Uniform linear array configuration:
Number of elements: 12
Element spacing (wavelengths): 0.5
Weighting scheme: hann
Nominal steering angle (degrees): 60
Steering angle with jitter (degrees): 58.177
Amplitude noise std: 0.05
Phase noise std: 0.05

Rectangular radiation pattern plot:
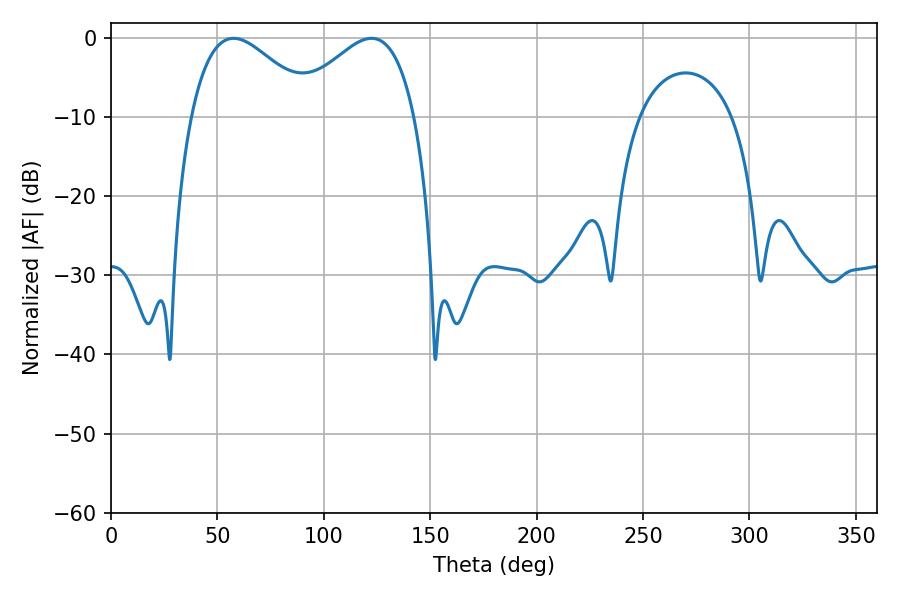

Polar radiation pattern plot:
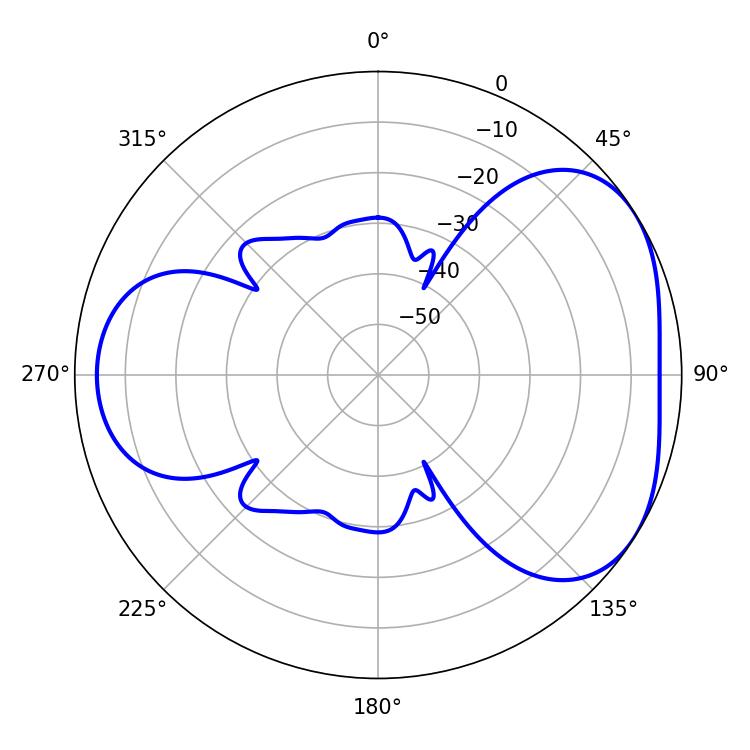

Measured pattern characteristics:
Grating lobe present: FALSE
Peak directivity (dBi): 4.07
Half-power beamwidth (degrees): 31.5
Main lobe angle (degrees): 57.6